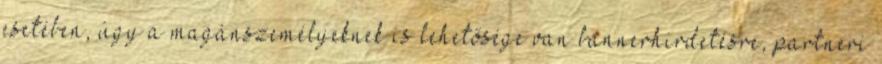
esetében, úgy a magánszemélyeknek is lehetősége van bannerhirdetésre, partneri